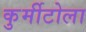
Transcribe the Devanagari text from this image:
कुर्मीटोला